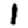
Digit: 1